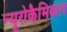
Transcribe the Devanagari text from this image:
न्यूरोकैमिकल